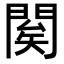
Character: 𨴱